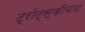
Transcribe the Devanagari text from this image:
ट्रॉट्स्कीवाद